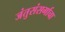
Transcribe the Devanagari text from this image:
जंतुसंसर्गाचा